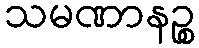
သမဏာနဉ္စ